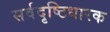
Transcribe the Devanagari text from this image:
सर्वदृष्टिधारक